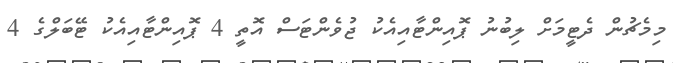
މިމެޗުން ދެޓީމަށް ލިބުނު ޕޮއިންޓާއިއެކު ޖުވެންޓަސް އޮތީ 4 ޕޮއިންޓާއިއެކު ޓޭބަލްގެ 4